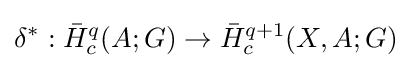
\delta ^{*}:{\bar {H}}_{c}^{q}(A;G)\to {\bar {H}}_{c}^{q+1}(X,A;G)